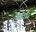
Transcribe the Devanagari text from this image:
डांटा।